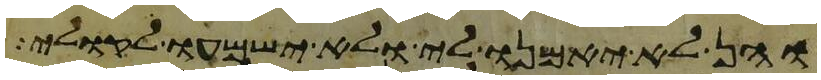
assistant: והן לא יאמנו לי ולא ישמעו לקולי